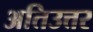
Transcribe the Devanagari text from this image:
अतिउत्तर